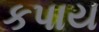
કપાય